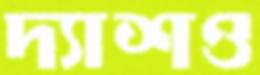
দ্যাশও